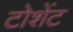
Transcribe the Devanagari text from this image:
टोशेंट